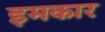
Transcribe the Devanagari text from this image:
इमकार